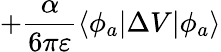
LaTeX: +\frac{\alpha}{6\pi\varepsilon}\langle\phi_{a}|\Delta V|\phi_{a}\rangle